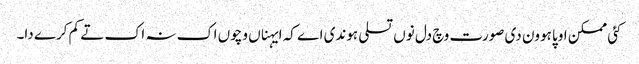
کئی ممکن اوپا ہوون دی صورت وچ دل نوں تسلی ہوندی اے کہ ایہناں وچوں اک نہ اک تے کم کرے دا۔